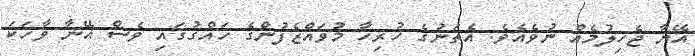
އޭނާ ޖެހިލުމެއް ނުވެއެވެ. އެތަނުގެ ހުރިހާ މުވައްޒެފުންގެ ހައްގުގައި ވެސް އޭނާ ވާހަކަ